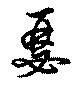
瑟